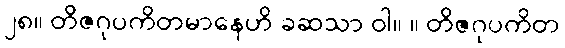
၂၈။ တိဇဂုပကိတမာနေဟိ ခဆသာ ဝါ။ ။ တိဇဂုပကိတ